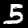
Digit: 5